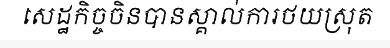
សេដ្ឋកិច្ចចិនបានស្គាល់ការថយស្រុត